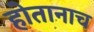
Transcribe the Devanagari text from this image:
होतानाच